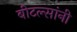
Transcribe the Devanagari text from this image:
बीटल्सांनी